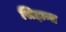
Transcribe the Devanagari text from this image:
सिद्दान्त